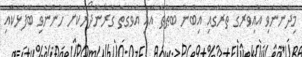
މިދެންނެވި އޮއިވަރުގެ ތެރޭގައި އިބުނު ބަޠޫޠާ އާއި އެވަގުތު ގޮރުނޮދޯރަކަށް ހުންނެވި ބޭފުޅަކާއި